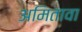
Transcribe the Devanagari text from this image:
अमितावा